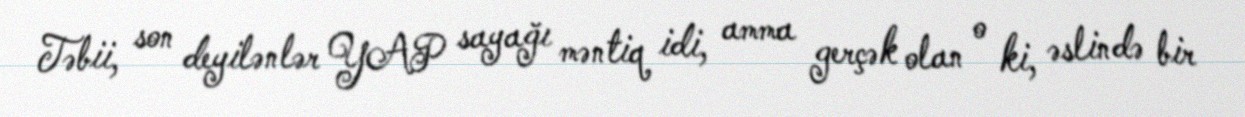
Təbii, son deyilənlər YAP sayağı məntiq idi, amma gerçək olan o ki, əslində bir